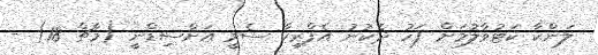
ލަންކާ ކަޓުވާލުމަށް ފަހު ދެކުނު އެފްރިކާ ސެމީ އަށްސިޑްނީ (މާޗް 18) -